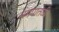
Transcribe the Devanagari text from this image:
समपातळी